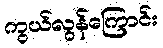
ကွယ်လွန်ကြောင်း